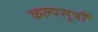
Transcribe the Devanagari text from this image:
कल्पसूत्रौं